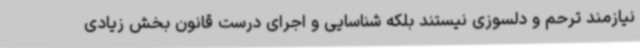
نیازمند ترحم و دلسوزی نیستند بلکه شناسایی و اجرای درست قانون بخش زیادی